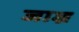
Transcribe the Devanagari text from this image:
जाज्र